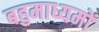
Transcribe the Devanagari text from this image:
बहुमाध्यमों